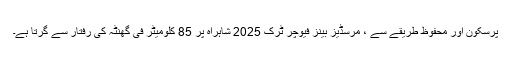
پرسکون اور محفوظ طریقے سے ، مرسڈیز بینز فیوچر ٹرک 2025 شاہراہ پر 85 کلومیٹر فی گھنٹہ کی رفتار سے گرتا ہے۔